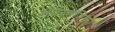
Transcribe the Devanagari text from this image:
अंतरतंत्रिका